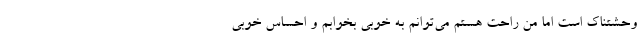
وحشتناک است اما من راحت هستم می‌توانم به خوبی بخوابم و احساس خوبی